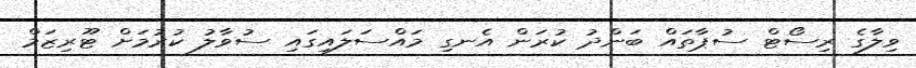
ވިލާގެ ރިސޯޓް ސުޕާތައް ބަންދު ކުރަން އެނގި މައްސަލައިގައި ސުވާލު ކުރުމަށް ޓޫރިޒަމް